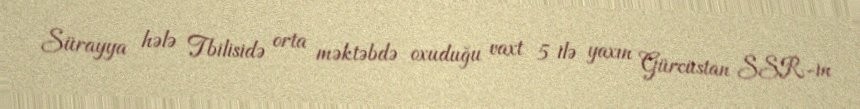
Sürayya hələ Tbilisidə orta məktəbdə oxuduğu vaxt 5 ilə yaxın Gürcüstan SSR-in